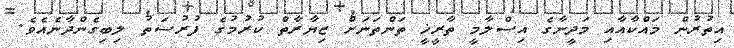
އިތުރުން މައްކާއާއި މަދީނާގެ އިސްލާމީ ތާރީޚީ ތަންތަނަށް ޒިޔާރާތް ކުރުމުގެ ފުރުސަތު ލިބިގެންދާނެއެވެ.